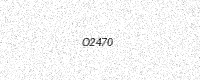
Text: O2470